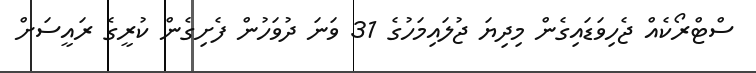
ސްޓްރޯކެއް ޖެހިވަޑައިގެން މިދިޔަ ޖުލައިމަހުގެ 31 ވަނަ ދުވަހުން ފެށިގެން ކުރީގެ ރައީސަށް